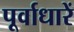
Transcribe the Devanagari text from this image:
पूर्वाधारें